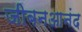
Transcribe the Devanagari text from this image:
जीबनआनंद